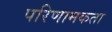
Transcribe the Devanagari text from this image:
परिणामकता